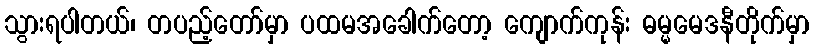
သွားရပါတယ်၊ တပည့်တော်မှာ ပထမအခေါက်တော့ ကျောက်ကုန်း ဓမ္မမေဒနီတိုက်မှာ